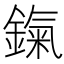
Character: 鎎